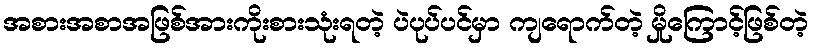
အစားအစာအဖြစ်အားကိုးစားသုံးရတဲ့ ပဲပုပ်ပင်မှာ ကျရောက်တဲ့ မှိုကြောင့်ဖြစ်တဲ့